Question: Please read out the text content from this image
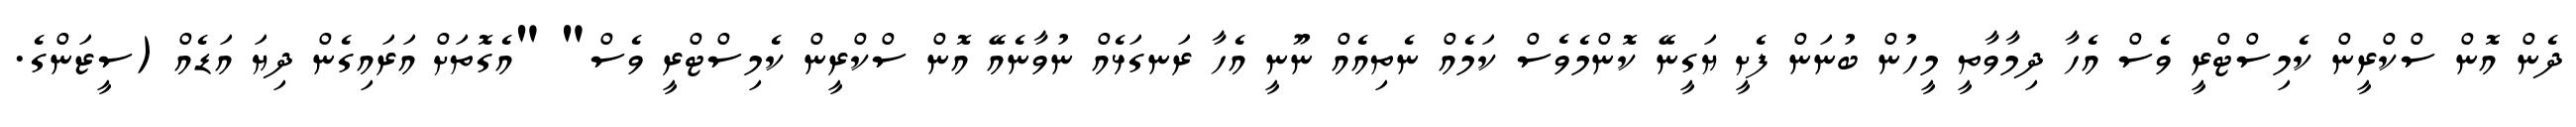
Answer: ދެން އޮން ސްކްރީން ކެމިސްޓްރީ ވެސް އެހާ ދިމާވާތީ މީހުން ބުނަން ފެށީ ޔަގީނޭ ކޮންމެވެސް ކަމެއް ނެތިއެއް ނޫނީ އެހާ ރަނގަޅެއް ނުވާނެއޭ އޮން ސްކްރީން ކެމިސްޓްރީ ވެސް" "އެގޮތަށް އަރައިގެން ދިޔަ އަޑެއް (ސީޒަންގެ.